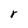
Character: r